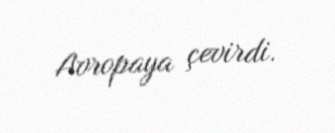
Avropaya çevirdi.